Burma Government Medical School reports 1923-41
Year: 1923
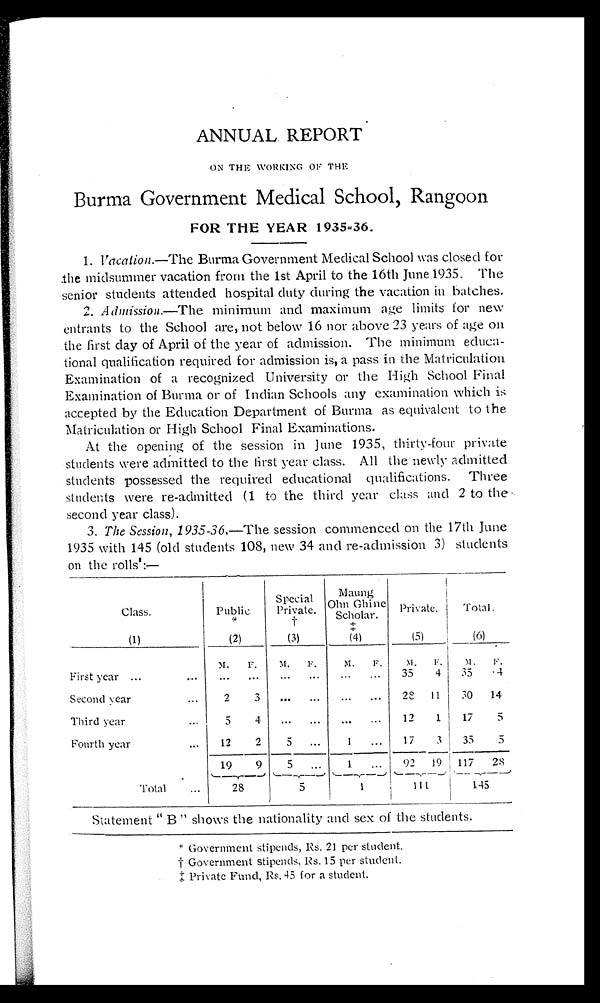
ANNUAL REPORT
ON THE WORKING OF THE
Burma Government Medical School , Rangoon
FOR THE YEAR 1935-36.
1. Vacation.—The Burma Government Medical School was closed for
the midsummer vacation from the 1st April to the 16th June 1935. The
senior students attended hospital duty during the vacation in batches.
2. Admission.—The minimum and maximum age limits for new
entrants to the School are, not below 16 nor above 23 years of age on
the first day of April of the year of admission. The minimum educa-
- t i o n a l q u a l i f i c a t i o n r e q u i r e d f o r a d m i s s i o n i s , a p a s s i n t h e M a t r i c u l a t i o n
Examination of a recognized University or the High School Final
Examination of Burma or of Indian Schools any examination which is
accepted by the Education Department of Burma as equivalent to the
Matriculation or High School Final Examinations.
At the opening of the session in June 1935, thirty-four private
students were admitted to the first year class. All the newly admitted
students possessed the required educational qualifications. Three
students were re-admitted (1 to the third year class and 2 to the
second year class).
3. The Session, 1935-36.—The session commenced on the 17th June
1935 with 145 (old students 108, new 34 and re-admission 3) students
on the rolls":—
Class.
Public
*
Special
Private.
†
Maung
Ohn Ghine
Scholar. ‡
Private.
Total.
(1)
(2)
(3)
(4)
(5)
(6)
First year . . .
M.
F.
M.
F.
M.
F.
M.
F.
M.
F .
. . .
. . .
. . .
. . .
. . .
. . .
35
4
35
4
Second year . . .
2 3
. . .
. . .
... . . . 28
11
30
14
Third year . . .
5
4
. . .
. . .
. . .
. . .
12
1
17
5
Fourth year . . .
12
2
5
. . .
1
. . .
17
3
35
5
19
9
5
. . .
1
. . .
92 19 117
28
Total . . .
28
5
1
1 1 1
145
Statement " B " shows the nationality and sex of the students.
* Government stipends, Rs. 21 per student.
† G o v e r n m e n t
s t i p e n d s ,
R s . 1 5 p e r s t u d e n t .
‡ P r i v a t e F u n d , R s . 4 5 f o r a s t u d e n t .